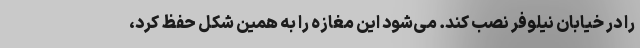
را در خیابان نیلوفر نصب کند. می‌شود این مغازه را به همین شکل حفظ کرد،